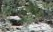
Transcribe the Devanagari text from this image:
सोगायर